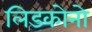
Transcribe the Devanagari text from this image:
लिडकोनो